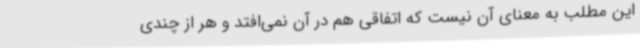
این مطلب به معنای آن نیست که اتفاقی هم در آن نمی‌افتد و هر از چندی